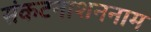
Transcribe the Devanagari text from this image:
संकटनाशननाम